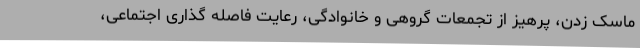
ماسک زدن، پرهیز از تجمعات گروهی و خانوادگی، رعایت فاصله گذاری اجتماعی،